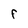
Character: F